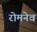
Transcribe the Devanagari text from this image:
रोमनेव